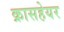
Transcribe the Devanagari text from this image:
क्रासहेयर